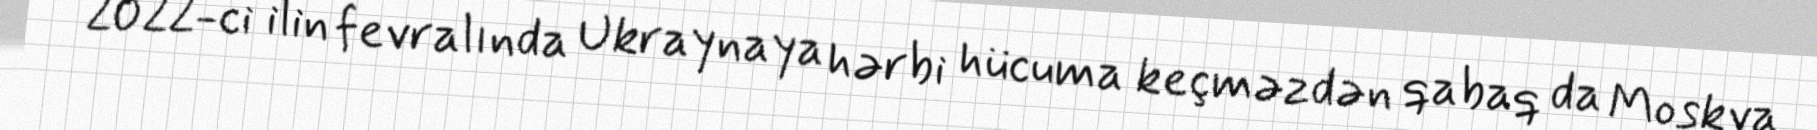
2022-ci ilin fevralında Ukraynaya hərbi hücuma keçməzdən qabaq da Moskva